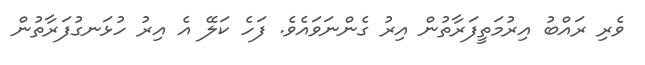
ވެރި ރައްބު އިރުމަތީފަރާތުން އިރު ގެންނަވައެވެ. ފަހެ ކަލޭ އެ އިރު ހުޅަނގުފަރާތުން